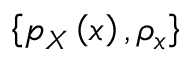
\left\{ p _ { X } \left( x \right) , \rho _ { x } \right\}